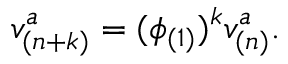
v _ { ( n + k ) } ^ { a } = ( \phi _ { ( 1 ) } ) ^ { k } v _ { ( n ) } ^ { a } .